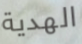
الهدية